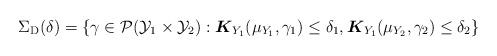
LaTeX: \begin{align*} \Sigma_{\mathrm{D} }(\delta) = \left\{\gamma \in \mathcal{P}(\mathcal{Y}_1 \times \mathcal{Y}_2): \boldsymbol{K}_{Y_1}(\mu_{Y_1}, \gamma_{1}) \le \delta_1, \boldsymbol{K}_{Y_1}( \mu_{Y_2},\gamma_{2}) \le \delta_2 \right\}\end{align*}